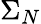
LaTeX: \Sigma_{N}